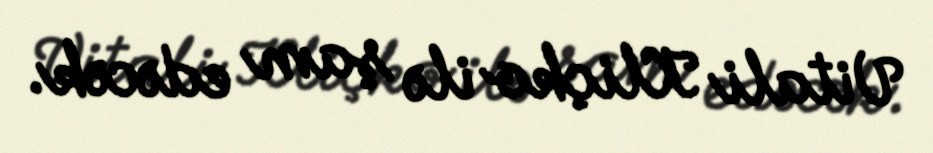
Vitali Kliçko ilə şam edəcək.